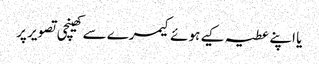
یا اپنے عطیہ کیے ہوئے کیمرے سے کھینچی تصویر پر